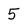
Character: 5